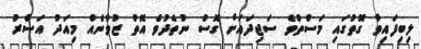
ލިބިފައިވާ ގޮތުގައި މަސްތުވެ ސަޖިދައަށް ގޮސް ނުތެދުވެ އޮތް ޒުވާނެއް މިއަދު އަސްރު